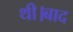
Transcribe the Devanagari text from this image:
थी।बाद